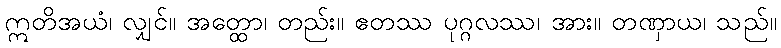
ဣတိအယံ၊ လျှင်။ အတ္ထော၊ တည်း။ ဧတဿ ပုဂ္ဂလဿ၊ အား။ တဏှာယ၊ သည်။